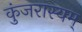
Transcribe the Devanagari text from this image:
कुंजरास्यम्